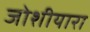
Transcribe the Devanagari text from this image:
जोशीयारा